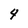
Character: 4